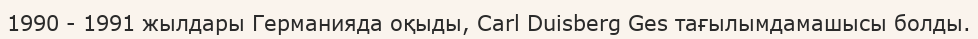
1990 - 1991 жылдары Германияда оқыды, Carl Duisberg Ges тағылымдамашысы болды.